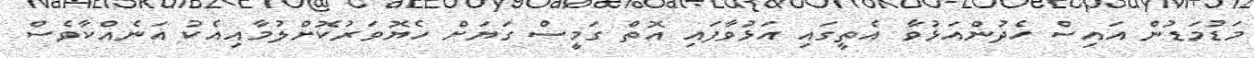
މަޑުމަޑުން އައިސް ހެދުންއަޅުވާ އެތީގައި އަޅުވާފައި އޮތް ގަމީސް ގަޔަށް ހެޔޮވަރުކޮށްލުމާއިއެކު އަނެއްކާވެސް